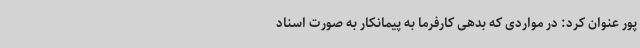
پور عنوان کرد: در مواردی که بدهی کارفرما به پیمانکار به صورت اسناد